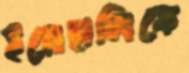
ইয়েহালিকে